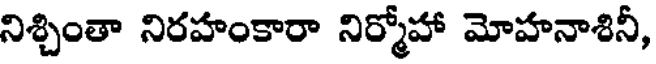
నిశ్చింతా నిరహంకారా నిర్మోహా మోహనాశినీ,